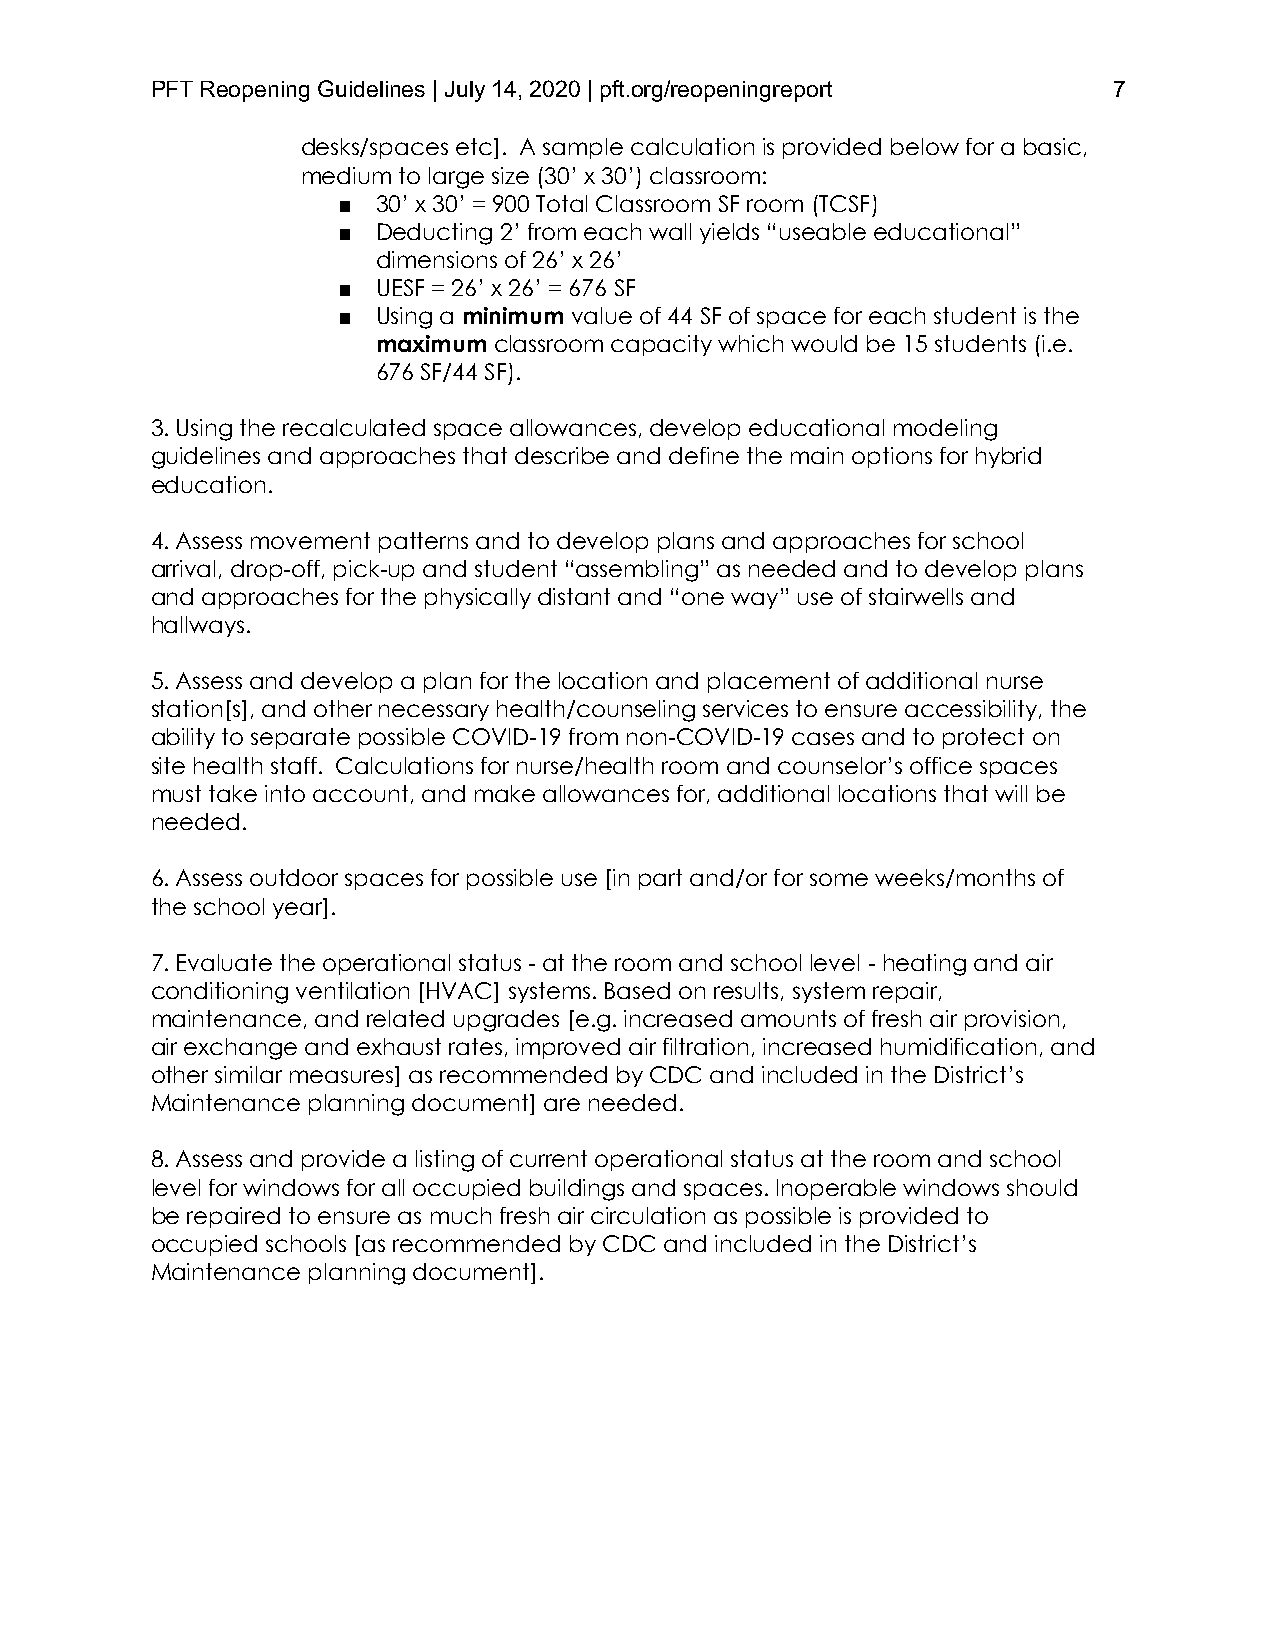
PFT Reopening Guidelines | July 14, 2020 | pft.org/reopeningreport 7
 desks/spaces etc]. A sample calculation is provided below for a basic,
 medium to large size (30’ x 30’) classroom:
 ■  30’ x 30’ = 900 Total Classroom SF room (TCSF)
 ■  Deducting 2’ from each wall yields “useable educational”
 dimensions of 26’ x 26’
 ■  UESF = 26’ x 26’ = 676 SF
 ■  Using a minimum value of 44 SF of space for each student is the
 maximum classroom capacity which would be 15 students (i.e.
 676 SF/44 SF).
 3. Using the recalculated space allowances, develop educational modeling
 guidelines and approaches that describe and define the main options for hybrid
 education.
 4. Assess movement patterns and to develop plans and approaches for school
 arrival, drop-off, pick-up and student “assembling” as needed and to develop plans
 and approaches for the physically distant and “one way” use of stairwells and
 hallways.
 5. Assess and develop a plan for the location and placement of additional nurse
 station[s], and other necessary health/counseling services to ensure accessibility, the
 ability to separate possible COVID-19 from non-COVID-19 cases and to protect on
 site health staff. Calculations for nurse/health room and counselor’s office spaces
 must take into account, and make allowances for, additional locations that will be
 needed.
 6. Assess outdoor spaces for possible use [in part and/or for some weeks/months of
 the school year].
 7. Evaluate the operational status - at the room and school level - heating and air
 conditioning ventilation [HVAC] systems. Based on results, system repair,
 maintenance, and related upgrades [e.g. increased amounts of fresh air provision,
 air exchange and exhaust rates, improved air filtration, increased humidification, and
 other similar measures] as recommended by CDC and included in the District’s
 Maintenance planning document] are needed.
 8. Assess and provide a listing of current operational status at the room and school
 level for windows for all occupied buildings and spaces. Inoperable windows should
 be repaired to ensure as much fresh air circulation as possible is provided to
 occupied schools [as recommended by CDC and included in the District’s
 Maintenance planning document].